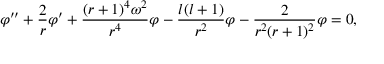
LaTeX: \varphi ^ { \prime \prime } + { \frac { 2 } { r } } \varphi ^ { \prime } + { \frac { ( r + 1 ) ^ { 4 } \omega ^ { 2 } } { r ^ { 4 } } } \varphi - { \frac { l ( l + 1 ) } { r ^ { 2 } } } \varphi - { \frac { 2 } { r ^ { 2 } ( r + 1 ) ^ { 2 } } } \varphi = 0 ,